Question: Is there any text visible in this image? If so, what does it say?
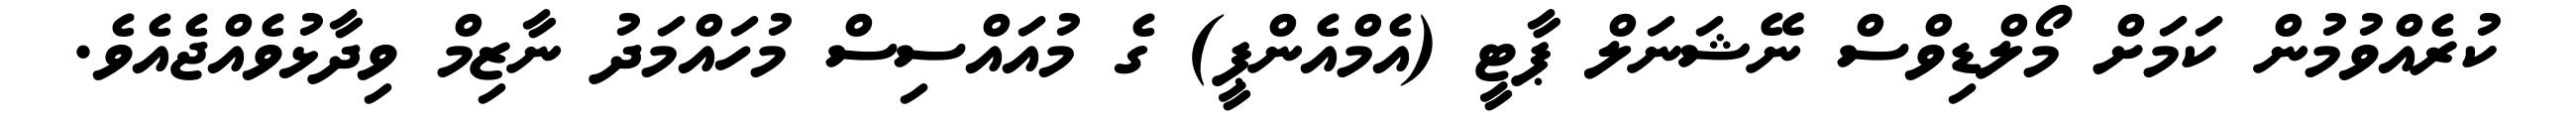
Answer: ކުރެއްވުމުން ކަމަށް މޯލްޑިވްސް ނޭޝަނަލް ޕާޓީ (އެމްއެންޕީ) ގެ މުއައްސިސް މުހައްމަދު ނާޒިމް ވިދާޅުވެއްޖެއެވެ.